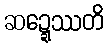
ဆဍ္ဍေဿတိ